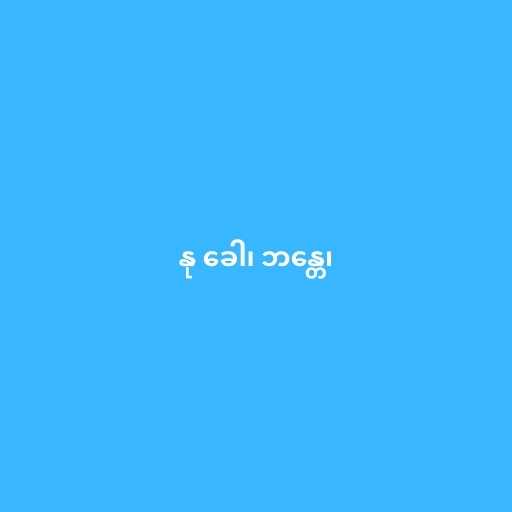
နု ခေါ၊ ဘန္တေ၊